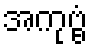
အကုဗ္ဗံ